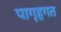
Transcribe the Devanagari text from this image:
पागृहगत